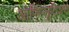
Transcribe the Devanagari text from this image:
ओफ़िप्लूटिअस